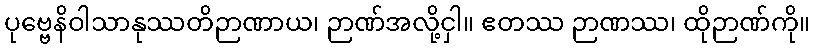
ပုဗ္ဗေနိဝါသာနုဿတိဉာဏာယ၊ ဉာဏ်အလို့ငှါ။ ဧတဿ ဉာဏဿ၊ ထိုဉာဏ်ကို။